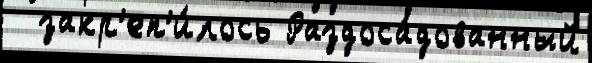
  закр'еп'и́лось Раздоса́дованный